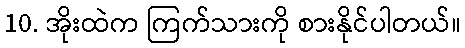
10. အိုးထဲက ကြက်သားကို စားနိုင်ပါတယ်။